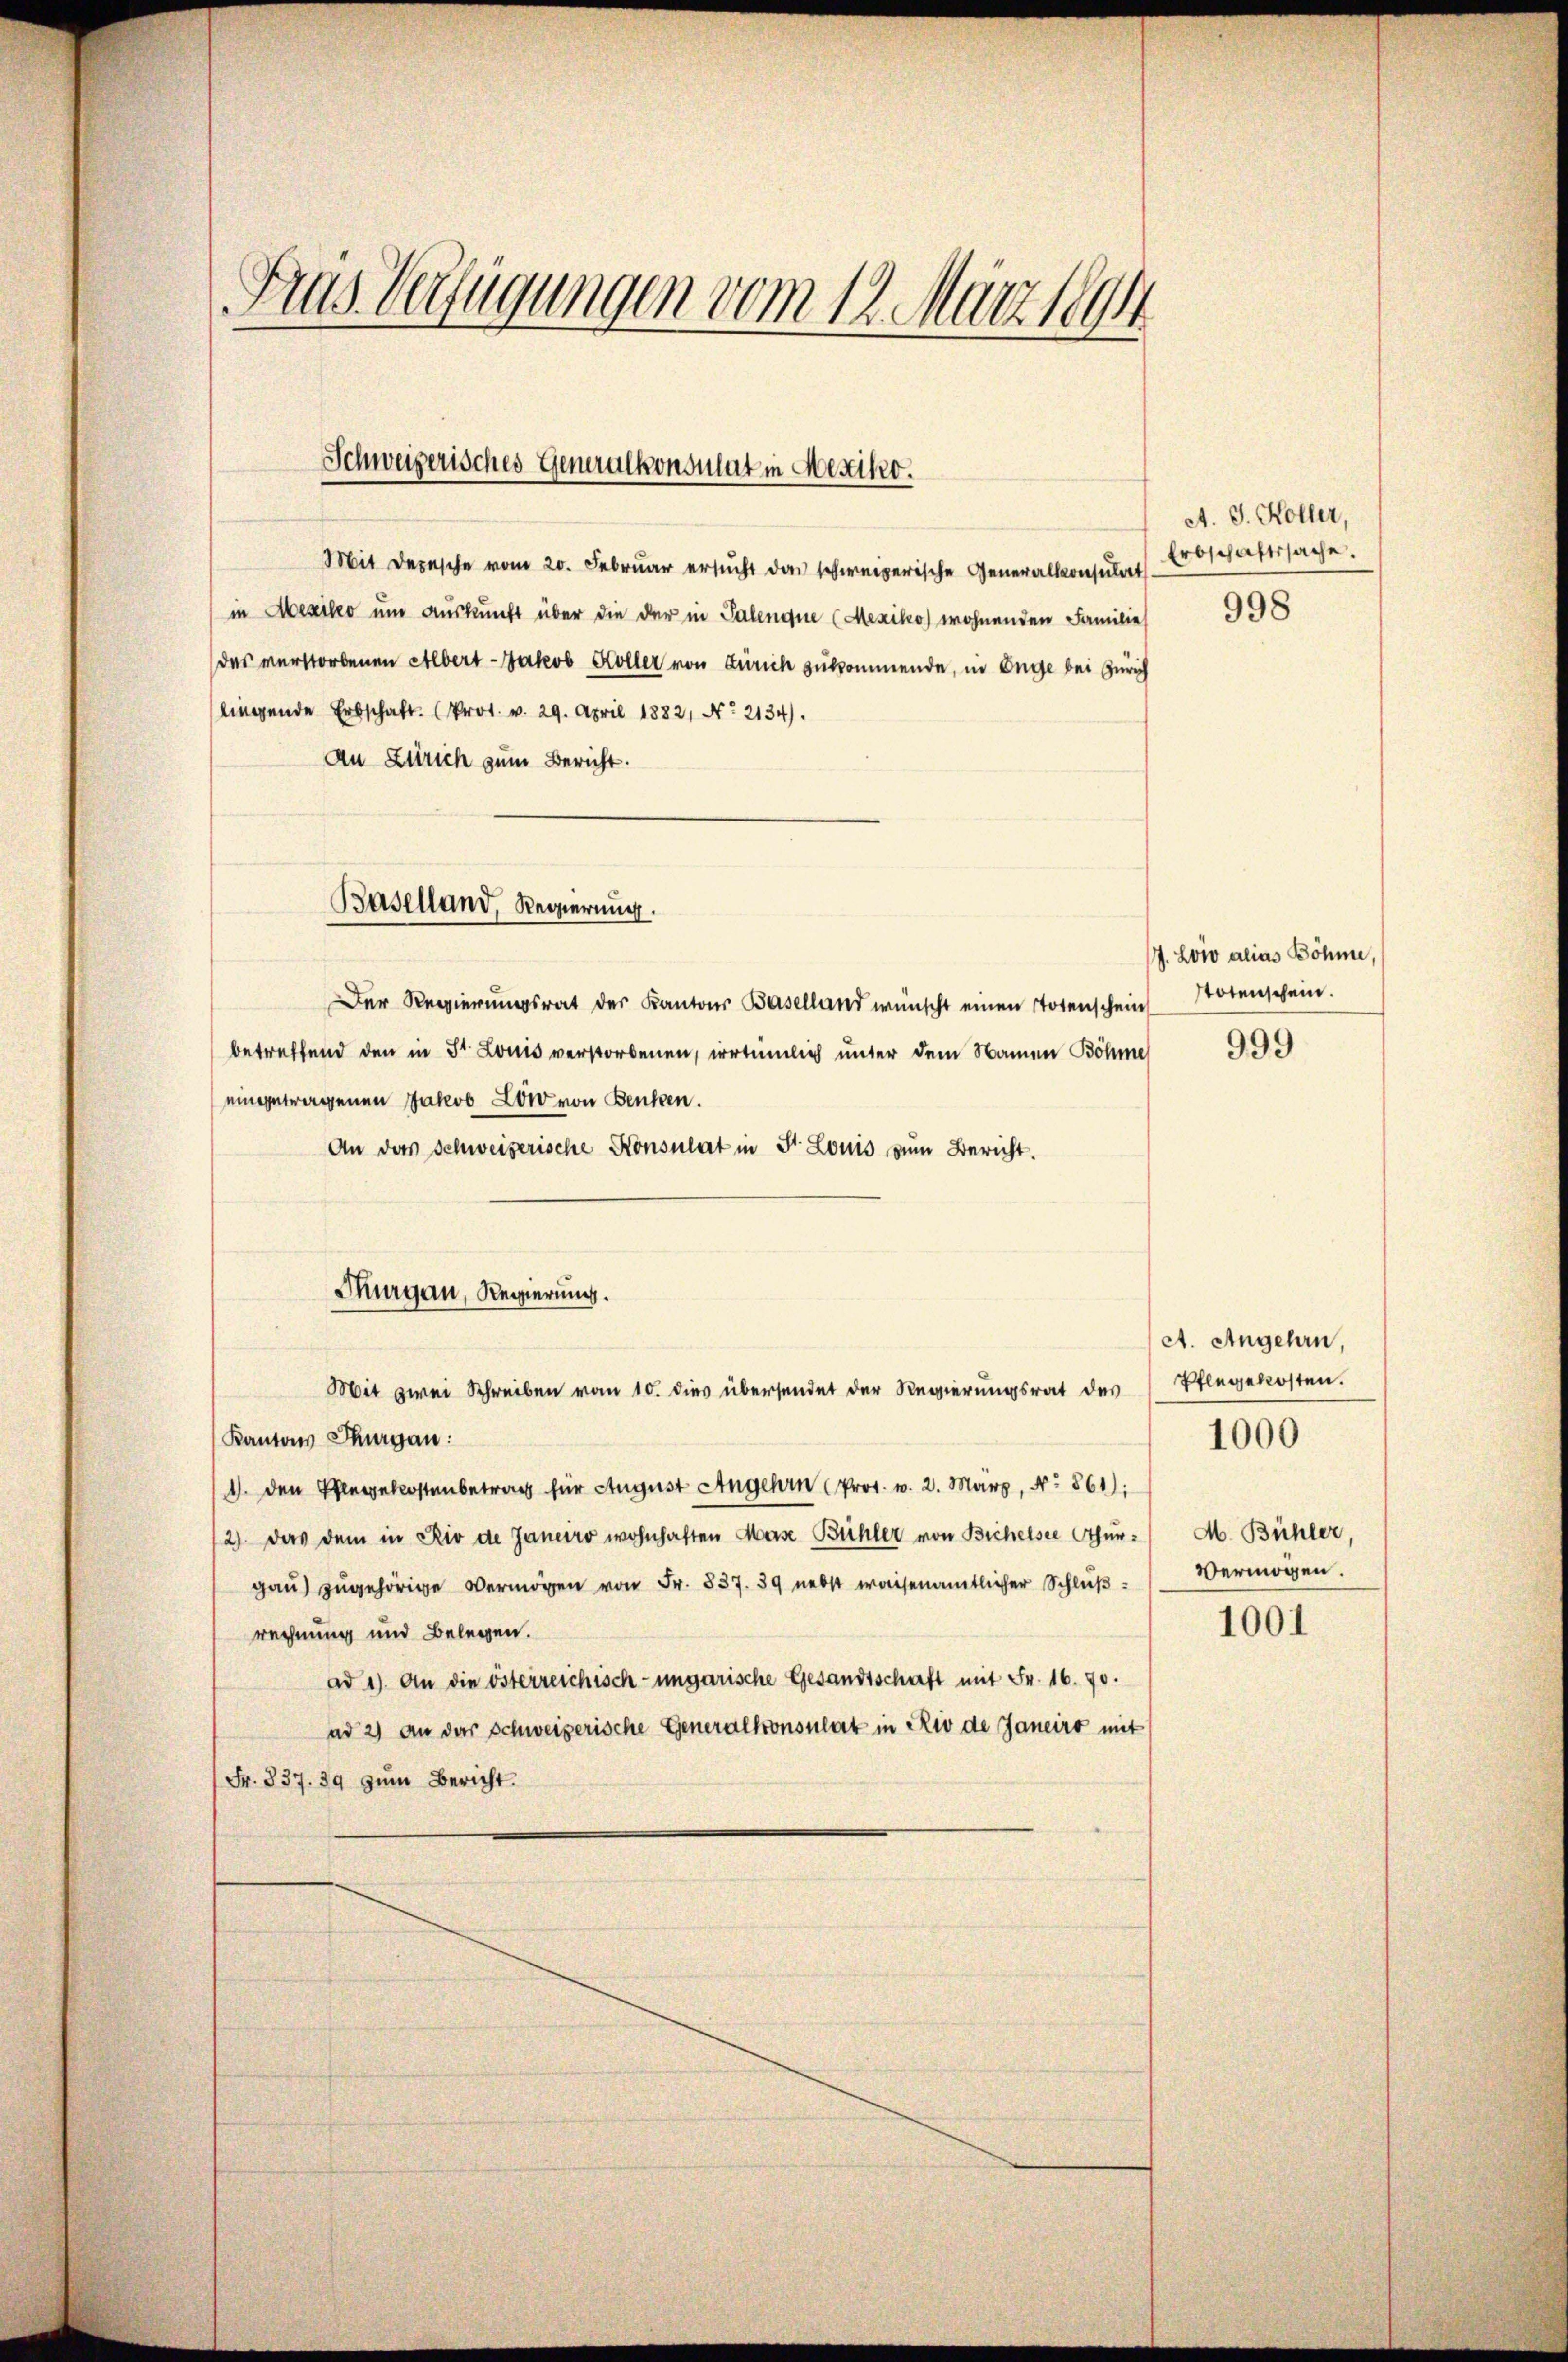
Fras Verfügungen vom 12. März 1894

Schweizerisches Generalkonsulat in Mexiko.

Mit Depesche vom 20. Februar ersŭcht das schweizerische Generalkonsulats Erschaftssache.
in Mesiko um Auskunft über die der in Talenque (Mexiko) wohnenden Familie
das verstorbenen Albert Jakob Koller von Zürich zukommende, in Enge bei Zürich
lingende Erbschaft (Prot. v. 29. April 1882, No 2134).
An Zürich zum Bericht.

Baselland, Regierung.

Thurgau, Regierung.

Mit zwei Schreiben vom 10. dies übersendet der Regierŭngsrat des Pflegekosten.

Der Regierungsrat der Kantons Baselland wünscht einen Totenschein
betreffend den in St. Louis verstorbenen, irrtümlich unter dem Namen Böhme 999
eingetragenen Jakob Low von Benken.
An das Schweizerische Konsulat in Fr. Louis zŭm Bericht.
Kantons Thurgau:
1. den Pflegekostenbetrag für August Angehin (Pros. v. 2. März, No 561):
2) das dem in Rio de Janeiro wohnhaften Mese Bühler von Bichelsee Tthŭr / M. Bühler,
gaŭ zŭgehörige Vermögen von Fr. 837. 39 nebst waisenamtlicher Schlŭβ: Vermögen.
rechnung und Belegen.
ad 1. An die österreichisch-ungarische Gesandtschaft mit Fr. 16. 70.
ad 2) an der Schweizerische Generalkonsulat in Rio de Janeiro mit
Fr. 337. 39 zum Bericht.

et. J. Koller,
998

7. Loro alias Böhme
totenschein.

A. Angehen,

1000

1001